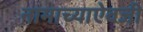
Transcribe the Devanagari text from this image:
नामाच्याऐवजी